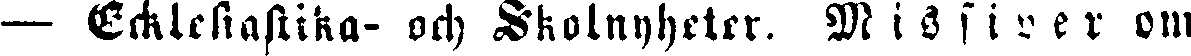
— Ecklesiastika- och Skolnyheter. Missiver om